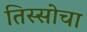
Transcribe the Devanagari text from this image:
तिस्सोचा